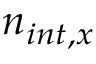
n _ { i n t , x }